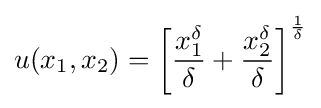
u(x_{1},x_{2})=\left[{\frac {x_{1}^{\delta }}{\delta }}+{\frac {x_{2}^{\delta }}{\delta }}\right]^{\frac {1}{\delta }}